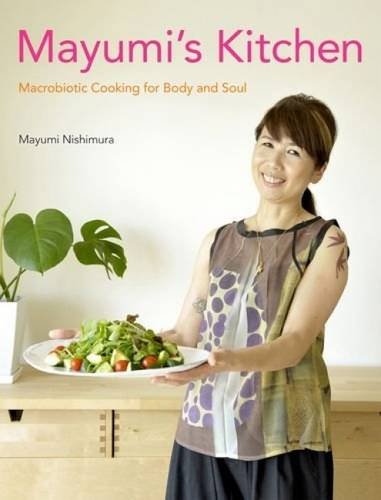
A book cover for Mayumi's Kitchen: Macrobiotic Cooking for Body and Soul; Mayumi Nishimura; Cookbooks, Food & Wine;